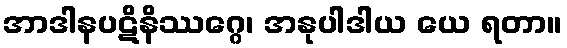
အာဒါနပဋိနိဿဂ္ဂေ၊ အနုပါဒါယ ယေ ရတာ။